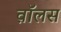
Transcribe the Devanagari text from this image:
व़ाॅलस